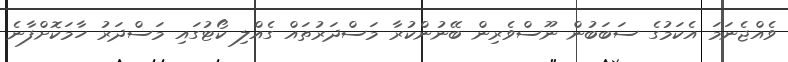
ވެއްޖެނަމަ އެކަމުގެ ސަބަބުން ނޫސްވެރިން ބޭނުންކުރާ މަސްދަރުތައް ގެއްލި ކޯޓުގައި މަސްދަރު ހާމަކޮށްފާނެ